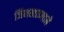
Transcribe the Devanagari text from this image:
जिमखान्याने